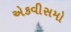
એકવીસમો